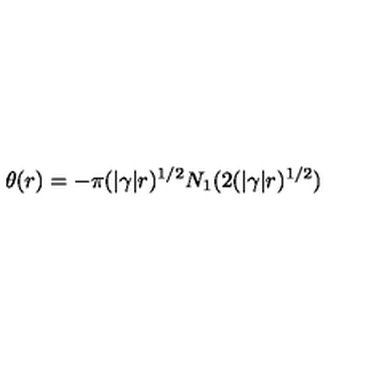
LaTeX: \theta ( r ) = - \pi ( | \gamma | r ) ^ { 1 / 2 } N _ { 1 } ( 2 ( | \gamma | r ) ^ { 1 / 2 } )